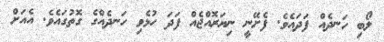
ލޯބި ހަނދެއް ފަދައެވެ. ފެށޭނީ ނިޔަރޮއްޖެއް ފަދަ ހުޅެވި ހަނދެއްގެ ގޮތުގައެވެ. އެއަށް